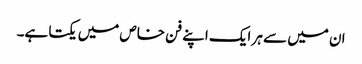
ان میں سے ہر ایک اپنے فن خاص میں یکتا ہے۔